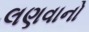
લણવાનો